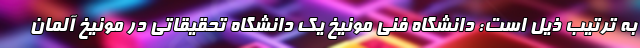
به ترتیب ذیل است: دانشگاه فنی مونیخ یک دانشگاه تحقیقاتی در مونیخ آلمان